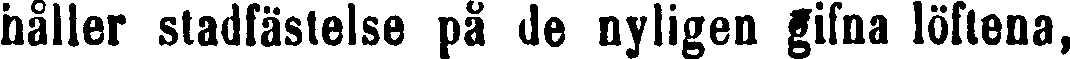
håller stadfästelse på de nyligen gifna löftena,